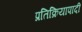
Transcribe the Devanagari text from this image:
प्रतिक्रियापादी